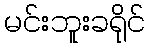
မင်းဘူးခရိုင်